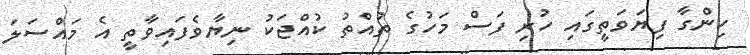
ހިންގާ ފިޔަވަތީގައި ހުރި ފަސް މަހުގެ ތުއްތު ކުއްޖަކު ނިޔާވެފައިވާތީ އެ މައްސަލަ